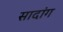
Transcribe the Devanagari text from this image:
सादांग